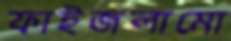
ফাইজলামো